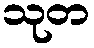
သုတ